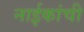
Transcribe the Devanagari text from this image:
नाईकांची